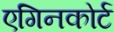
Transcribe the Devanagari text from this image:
एगिनकोर्ट